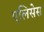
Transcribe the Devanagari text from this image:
एलिसेस